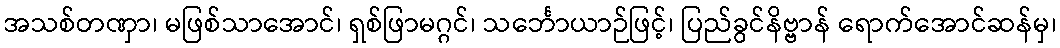
အသစ်တဏှာ၊ မဖြစ်သာအောင်၊ ရှစ်ဖြာမဂ္ဂင်၊ သင်္ဘောယာဉ်ဖြင့်၊ ပြည်ခွင်နိဗ္ဗာန် ရောက်အောင်ဆန်မှ၊